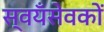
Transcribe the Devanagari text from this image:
स्वयँसेवकों